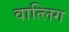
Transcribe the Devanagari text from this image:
वात्लिग